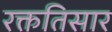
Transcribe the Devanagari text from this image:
रक्ततिसार